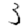
Digit: 3